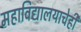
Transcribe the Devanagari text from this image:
महाविद्यालयाचेही